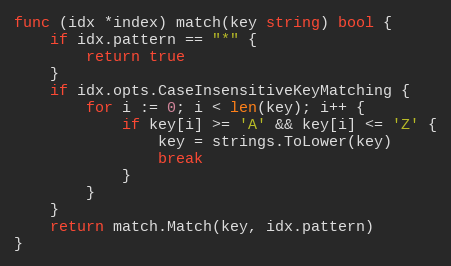
Language: Go
func (idx *index) match(key string) bool {
	if idx.pattern == "*" {
		return true
	}
	if idx.opts.CaseInsensitiveKeyMatching {
		for i := 0; i < len(key); i++ {
			if key[i] >= 'A' && key[i] <= 'Z' {
				key = strings.ToLower(key)
				break
			}
		}
	}
	return match.Match(key, idx.pattern)
}